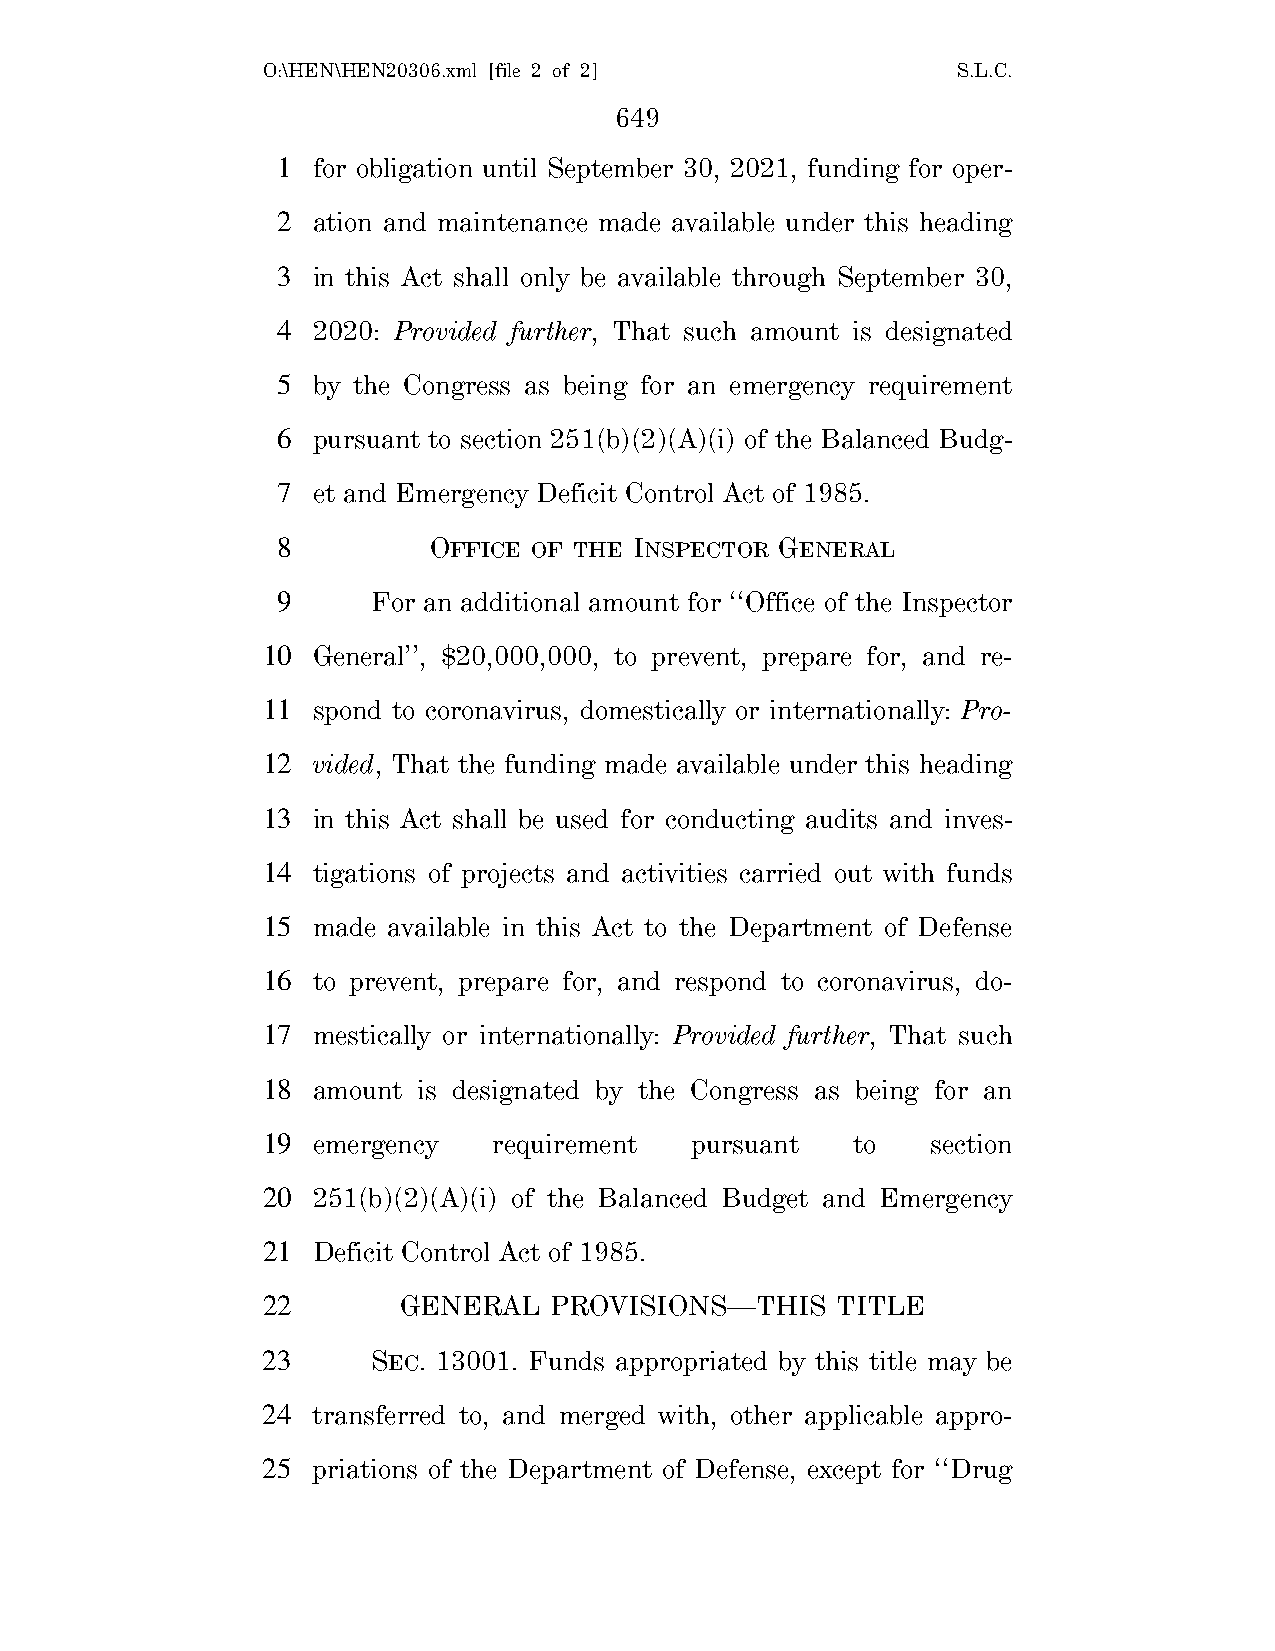
O:\HEN\HEN20306.xml [file 2 of 2]             S.L.C.
 649
 1  for obligation until September 30, 2021, funding for oper-
 2  ation and maintenance made available under this heading
 3  in this Act shall only be available through September 30,
 4  2020: Provided further, That such amount is designated
 5  by the Congress as being for an emergency requirement
 6  pursuant to section 251(b)(2)(A)(i) of the Balanced Budg-
 7  et and Emergency Deficit Control Act of 1985.
 8         OFFICE OF THE INSPECTOR GENERAL
 9      For an additional amount for ‘‘Office of the Inspector
 10  General’’, $20,000,000, to prevent, prepare for, and re-
 11  spond to coronavirus, domestically or internationally: Pro-
 12  vided, That the funding made available under this heading
 13  in this Act shall be used for conducting audits and inves-
 14  tigations of projects and activities carried out with funds
 15  made available in this Act to the Department of Defense
 16  to prevent, prepare for, and respond to coronavirus, do-
 17  mestically or internationally: Provided further, That such
 18  amount is designated by the Congress as being for an
 19  emergency   requirement  pursuant  to    section
 20  251(b)(2)(A)(i) of the Balanced Budget and Emergency
 21  Deficit Control Act of 1985.
 22       GENERAL   PROVISIONS—THIS    TITLE
 23      SEC. 13001. Funds appropriated by this title may be
 24  transferred to, and merged with, other applicable appro-
 25  priations of the Department of Defense, except for ‘‘Drug